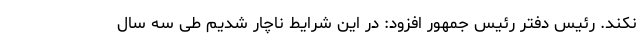
نکند. رئیس دفتر رئیس جمهور افزود: در این شرایط ناچار شدیم طی سه سال